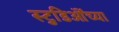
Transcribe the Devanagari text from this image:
स्टुडिऒंच्या